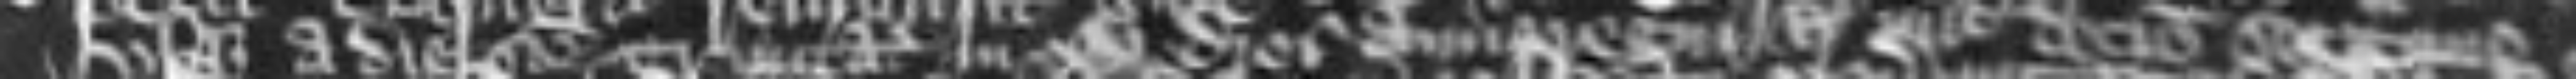
usque a die Sancte Trinitatis in xv dies anno regni regis nunc decimo septimo